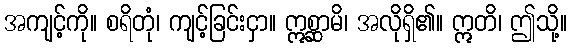
အကျင့်ကို။ စရိတုံ၊ ကျင့်ခြင်းငှာ။ ဣစ္ဆာမိ၊ အလိုရှိ၏။ ဣတိ၊ ဤသို့။